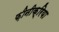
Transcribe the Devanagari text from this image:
फ़ीनीक्रिया